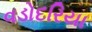
વડોદરિયા